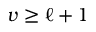
v \geq \ell + 1